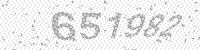
Solution: 651982